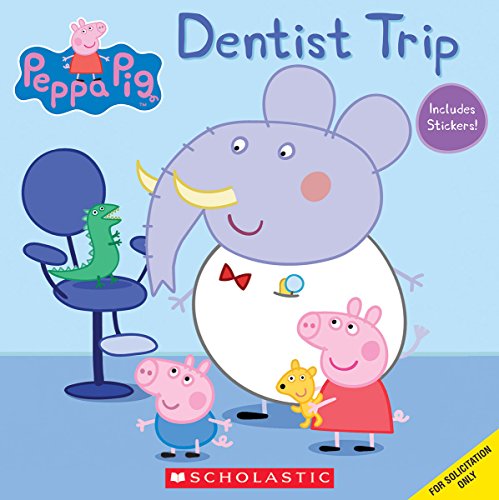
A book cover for Dentist Trip (Peppa Pig); Scholastic; Children's Books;